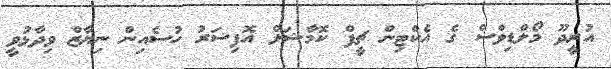
އުރީދޫ މޯލްޑިވްސް ގެ އެކްޓިން ޗީފް ކޮމާޝަލް އޮފިސަރު ހުސެއިން ނިޔާޒް ވިދާޅުވީ